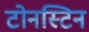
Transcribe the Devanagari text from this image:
टोनस्टिन